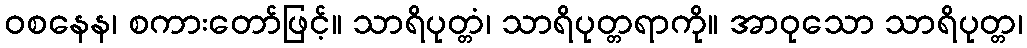
ဝစနေန၊ စကားတော်ဖြင့်။ သာရိပုတ္တံ၊ သာရိပုတ္တရာကို။ အာဝုသော သာရိပုတ္တ၊